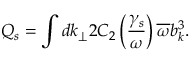
Q _ { s } = \int d k _ { \perp } 2 C _ { 2 } \left( \frac { \gamma _ { s } } { \omega } \right) \overline { { \omega } } b _ { k } ^ { 3 } .